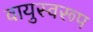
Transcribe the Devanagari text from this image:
वायुस्वरूप